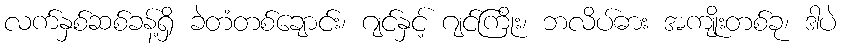
လက်နှစ်ဆစ်ခန့်ရှိ ခဲတံတစ်ချောင်း၊ ဂျင်နှင့် ဂျင်ကြိုး၊ ဘလိပ်ဓား အကျိုးတစ်ခု၊ ဒါပဲ